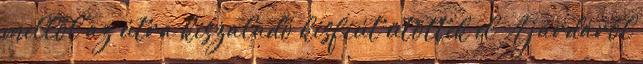
mellől az útra kiszaladó kisfiút ütöttek el A járdáról